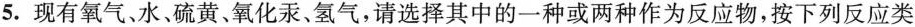
5.现有氧气、水、硫黄、氧化汞、氢气，请选择其中的一种或两种作为反应物，按下列反应类